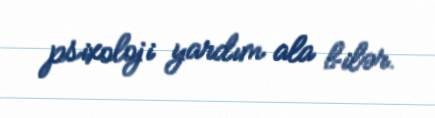
psixoloji yardım ala bilər.